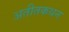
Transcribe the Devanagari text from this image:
अतीतकथन